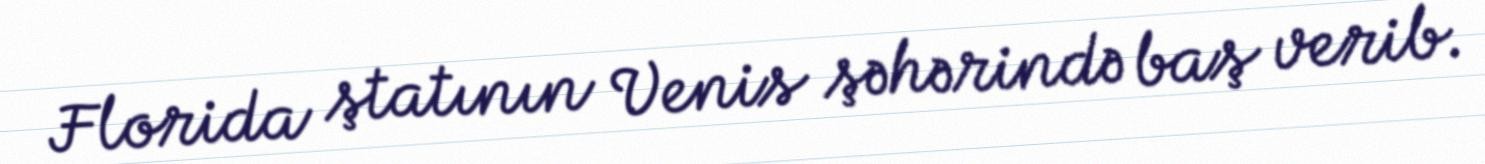
Florida ştatının Venis şəhərində baş verib.